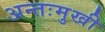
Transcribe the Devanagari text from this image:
अन्तःमुखी